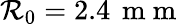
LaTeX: \mathcal{R}_{0}=2.4\, \mathrm{{~m~m~}}